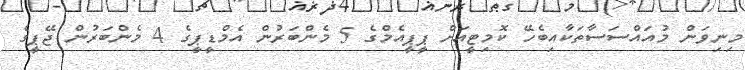
މިނިވަން މުއައްސަސާތަކާއިބެހޭ ކޮމިޓީއަށް ޕީޕީއެމްގެ 5 މެންބަރުން އެމްޑީޕީގެ 4 މެންބަރުން ޖޭޕީގެ